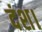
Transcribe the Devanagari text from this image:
दंश।